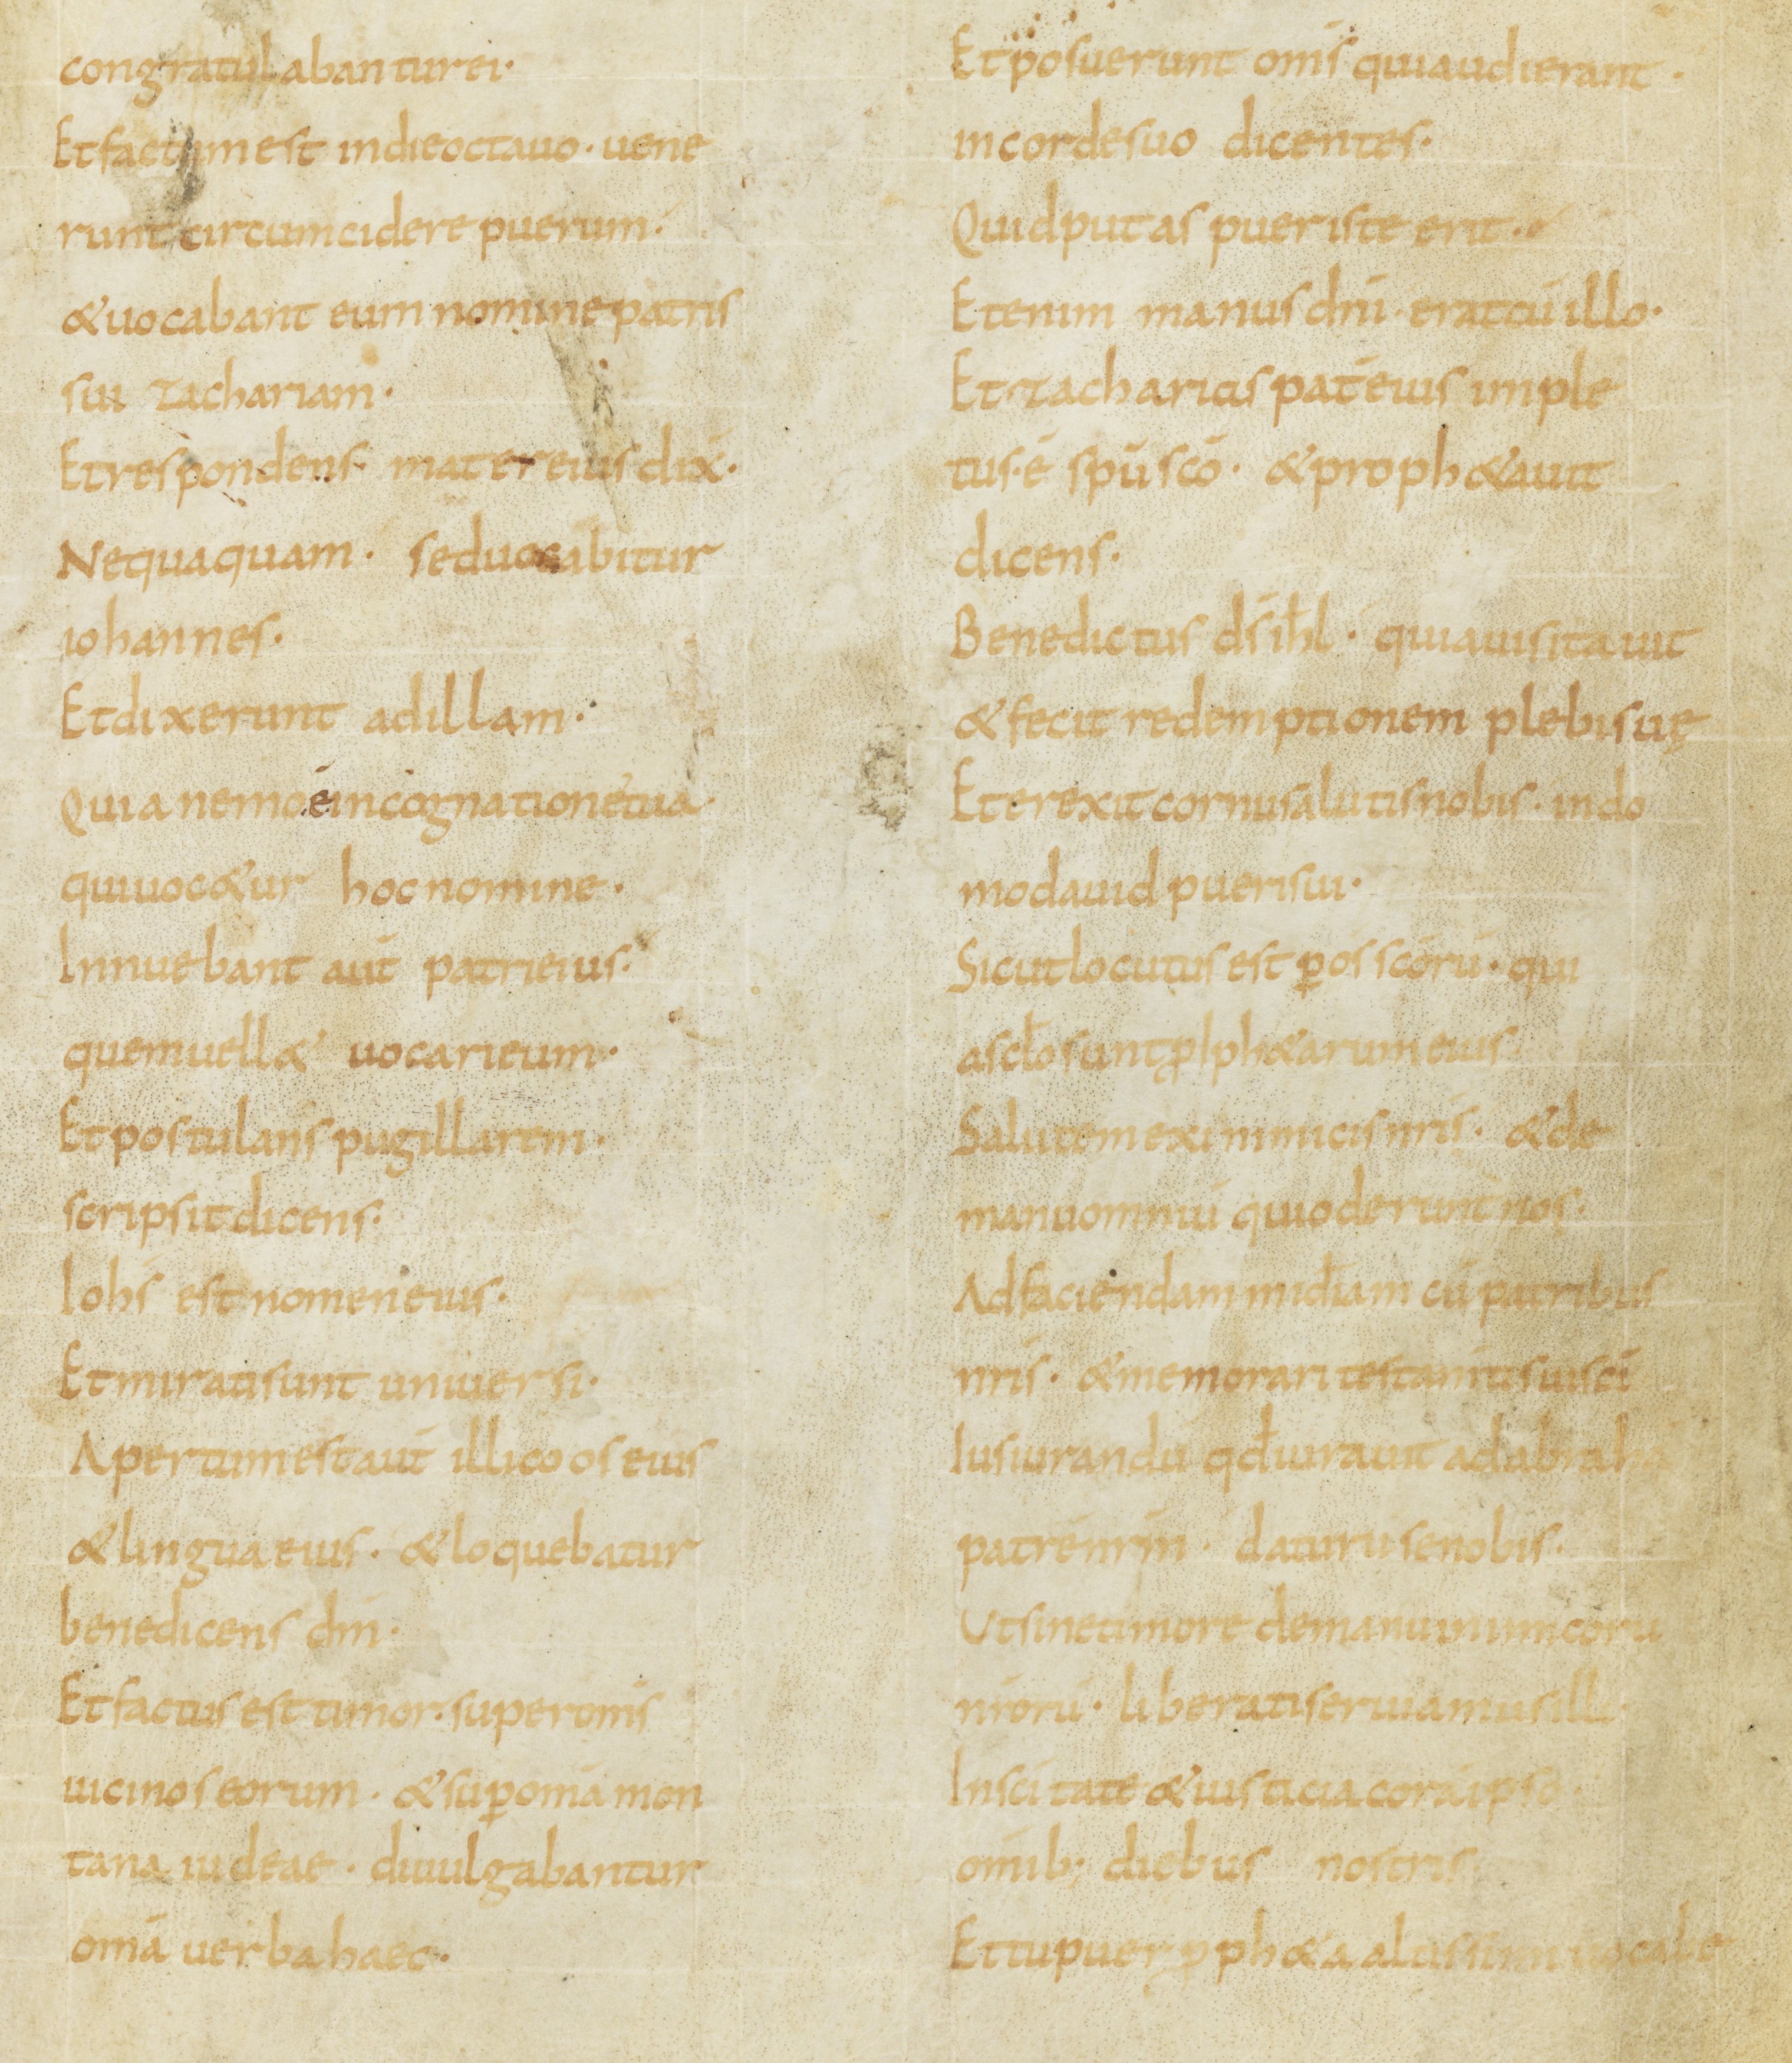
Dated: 800–899